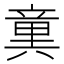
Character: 𥪢